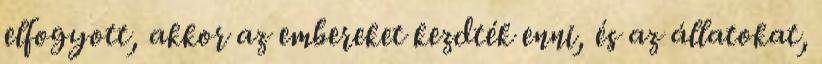
elfogyott, akkor az embereket kezdték enni, és az állatokat,